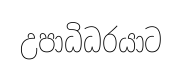
උපාධිධරයාට